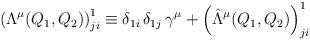
LaTeX: \begin{align*}\left( \Lambda^\mu (Q_1, Q_2) \right)^1_{j i} \equiv \delta_{1 i} \, \delta_{1 j} \, \gamma^\mu + \left( \hat{\Lambda}^\mu (Q_1, Q_2) \right)^1_{j i} \end{align*}